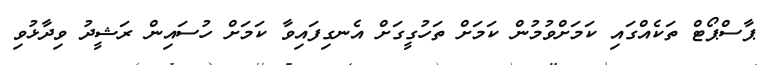
ޕާސްޕޯޓް ތަކެއްގައި ކަމަށްވުމުން ކަމަށް ތަހުގީގަށް އެނގިފައިވާ ކަމަށް ހުސައިން ރަޝީދު ވިދާޅުވި